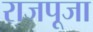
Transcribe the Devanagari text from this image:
राजपूजा